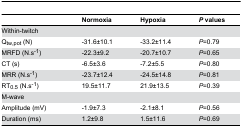
|  | Normoxia | Hypoxia | P values |
 | --- | --- | --- | --- |
 | Within-twitch |  |  |  |
 | Qtw,pot (N) | -31.6±10.1 | -33.2±11.4 | P=0.79 |
 | MRFD (N.s-1) | -22.3±9.2 | -20.7±10.7 | P=0.65 |
 | CT (s) | -6.5±3.6 | -7.2±5.5 | P=0.80 |
 | MRR (N.s-1) | -23.7±12.4 | -24.5±14.8 | P=0.81 |
 | RT0.5 (N.s-1) | 19.5±11.7 | 21.9±13.5 | P=0.39 |
 | M-wave |  |  |  |
 | Amplitude (mV) | -1.9±7.3 | -2.1±8.1 | P=0.56 |
 | Duration (ms) | 1.2±9.8 | 1.5±11.6 | P=0.69 |